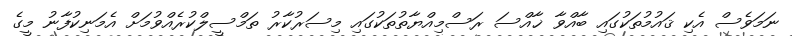
ނަމަވެސް އެކި ޤައުމުތަކުގައި ބާއްވާ ޚާއްސަ ރަސްމިއްޔާތުތަކުގައި މިސަރުކާރު ތަމްސީލްކުރެއްވުމަށް އެމަނިކުފާނު މީގެ